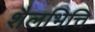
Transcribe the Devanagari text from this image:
शैलभित्ति